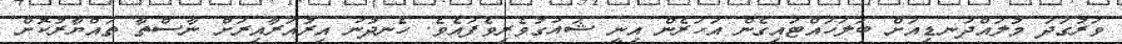
ވަރުގަދަ މުލައްދަނޑިއަށް ބަލަހައްޓައިގެން އަހަރެން އިނީ ޝައުގުވެރިވެފައެވެ. ހެނދުނު އިރުއަރާއިރަށް ނާސްތާ ތައްޔާރުކޮށް